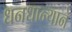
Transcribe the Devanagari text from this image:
धनधान्याने